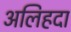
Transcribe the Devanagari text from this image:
अलिहदा